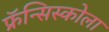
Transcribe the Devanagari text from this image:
फ्रॅन्सिस्कोला